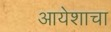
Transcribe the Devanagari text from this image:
आयेशाचा